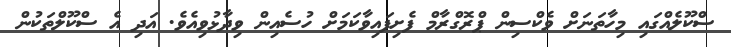
ސްކޫލެއްގައި މިހާތަނަށް ވެކްސިން ޕްރޮގްރާމް ފެށިފައިވާކަމަށް ހުސެއިން ވިދާޅުވިއެވެ. އަދި އެ ސްކޫލްތަކުން